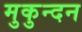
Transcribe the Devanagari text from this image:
मुकुन्दन